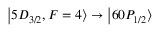
\ensuremath { \left\vert 5 D _ { 3 / 2 } , F = 4 \right\rangle } \rightarrow \ensuremath { \left\vert 6 0 P _ { 1 / 2 } \right\rangle }